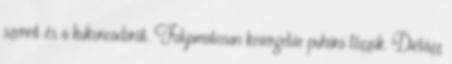
szerint és a kukoricadarát. Folyamatosan kevergetve puhára főzzük. Diétázz